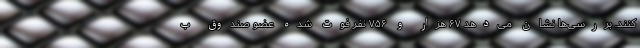
‌کنند. بررسی‌ها نشان می‌دهد ۶۷ هزار و ۷۵۶ نفر فوت شده عضو صندوق ب